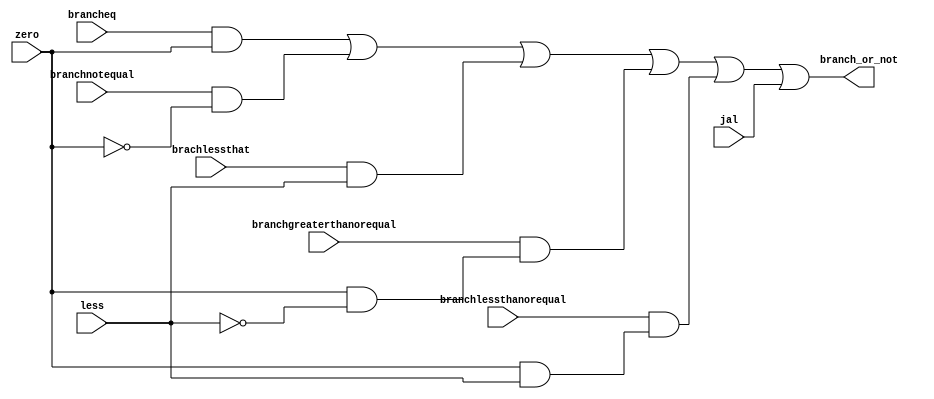
module BranchLogic (
    input wire brancheq,
    input wire branchnotequal,
    input wire brachlessthat,
    input wire branchgreaterthanorequal,
    input wire branchlessthanorequal,
    input wire jal,
    input wire zero,
    input wire less,
    output wire branch_or_not
);

assign branch_or_not = 
    (brancheq & zero) || 
    (branchnotequal & ~zero) || 
    (brachlessthat & less) || 
    (branchgreaterthanorequal & (zero & ~less)) || 
    (branchlessthanorequal & (zero & less)) || 
    (jal);

endmodule